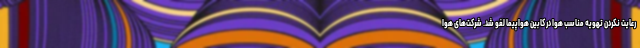
رعایت نکردن تهویه مناسب هوا در کابین هواپیما لغو شد. شرکت‌های هوا